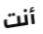
أنت